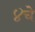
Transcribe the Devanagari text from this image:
४चे